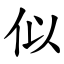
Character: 似